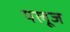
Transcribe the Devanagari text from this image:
पलूज